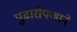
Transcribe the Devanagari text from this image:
पुढारीपणाने